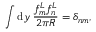
\int { \mathrm { d } } y \; \frac { f _ { m } ^ { L } f _ { n } ^ { L } } { 2 \pi R } = \delta _ { n m } ,